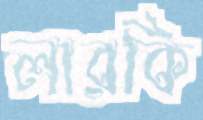
লারকি